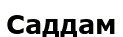
Саддам